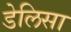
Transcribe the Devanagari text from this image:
डेलिसा